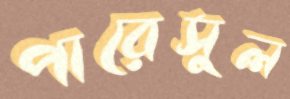
পারেসুল